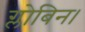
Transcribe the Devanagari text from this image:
ग्लोबिन।